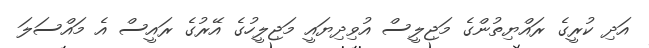
އަދި ކުރީގެ ރައްޔިތުންގެ މަޖިލީސް އުވިދިޔައީ މަޖިލީހުގެ އޭރުގެ ރައީސް އެ މައްސަލަ